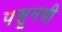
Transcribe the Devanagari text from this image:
पसूनची